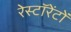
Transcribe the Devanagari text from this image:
रेस्टॉरेंटों